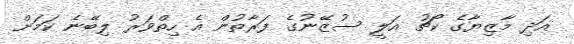
އަދި މާޒިޔާގެ ކޯޗު އަލީ ސުޒޭނުގެ ފަރާތުން އެ ހިތްވަރު ލިބޭނެ ކަމަށް